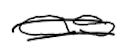
Text: as
Cross-out: double-line
Writing tool: digital_black